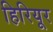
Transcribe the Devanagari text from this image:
हिरियूर